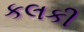
કલકી